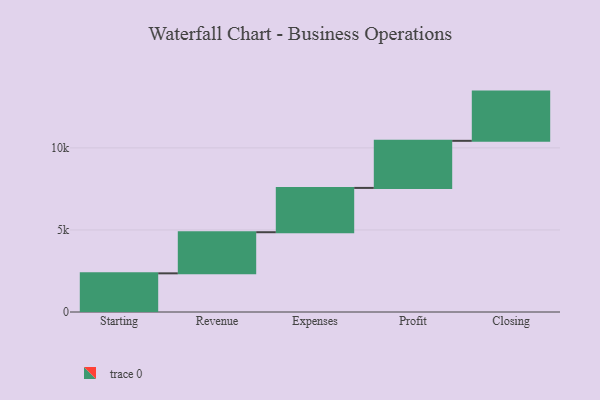
{"axis": {"x": "Step", "y": "Value"}, "legend": [""], "data": [{"x": "Starting", "y": 2356.0, "type": ""}, {"x": "Revenue", "y": 2506.0, "type": ""}, {"x": "Expenses", "y": 2700.0, "type": ""}, {"x": "Profit", "y": 2869.0, "type": ""}, {"x": "Closing", "y": 3000, "type": ""}]}